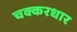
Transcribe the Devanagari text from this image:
चक्करधार